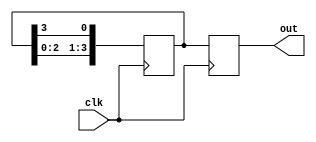
module ring_counter (
    input wire clk, // Clock input
    output reg [3:0] out // 4-bit output representing state of the ring counter
);

reg [3:0] state; // Internal 4-bit state variable

always @ (posedge clk) begin
    state <= state << 1; // Shift the state left by 1
    state[0] <= state[3]; // Connect the last bit to the first bit
    out <= state; // Output the current state
end

endmodule